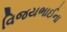
વિજયભાઈના